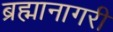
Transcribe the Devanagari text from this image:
ब्रह्मानागरी